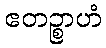
ဧတဉ္စာဟံ